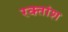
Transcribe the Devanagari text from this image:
रक्‍तांश